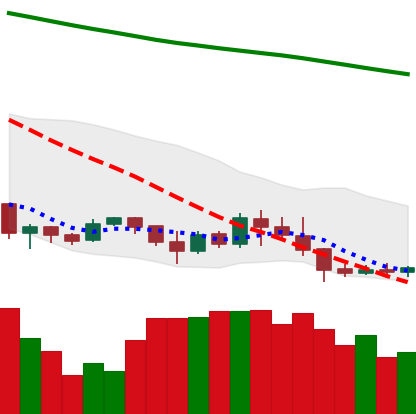
Ticker: XLM-USD
Chart end date: 2019-09-02
Forward return: -6.055%
Label: down_5_7